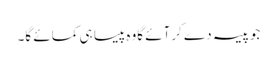
جوپیسہ دے کرآئے گاوہ پیسا ہی کمائے گا۔